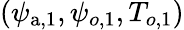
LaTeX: (\psi_{\mathrm{a},1},\psi_{o,1},T_{o,1})